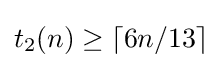
t_{2}(n)\geq \lceil 6n/13\rceil